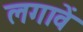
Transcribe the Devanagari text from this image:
लगावें